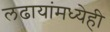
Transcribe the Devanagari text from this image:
लढायांमध्येही